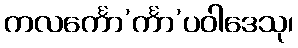
ကလင်္ကော’င်္ကာ’ပဝါဒေသု၊